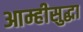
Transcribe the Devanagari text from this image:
आम्हीसुद्धा